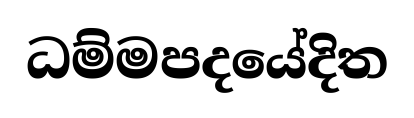
ධම්මපදයේදිත